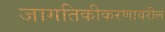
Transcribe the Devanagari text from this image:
जागतिकीकरणावरील